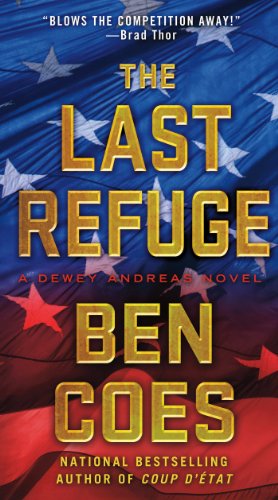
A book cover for The Last Refuge: A Dewey Andreas Novel; Ben Coes; Mystery, Thriller & Suspense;